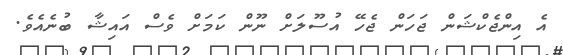
އެ އިންޖެކްޝަން ޖަހަން ޖެހޭ އުސޫލަށް ނޫން ކަމަށް ވެސް އައިޝާ ބުނެއެވެ.